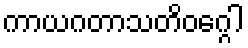
ကာယဂတာသတိဝဂ္ဂေါ